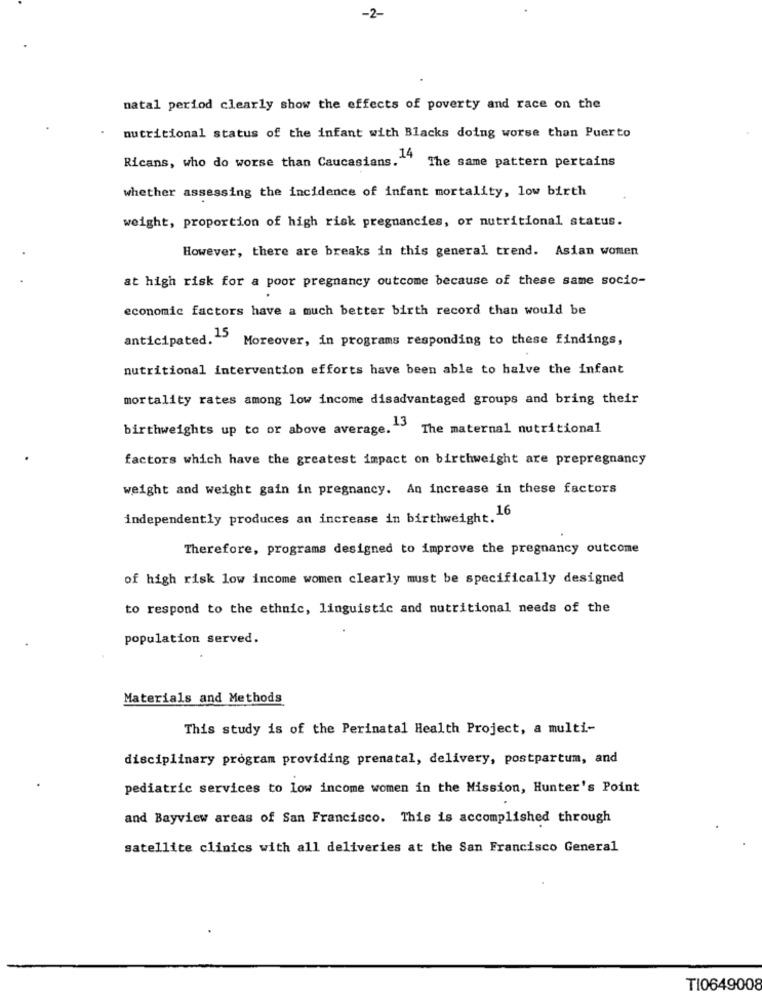
-2-
natal period clearly show the effects of poverty and race on the
nutritional status of the infant with Blacks doing worse than Puerto
Ricans, who do worse than Caucasians. 44
The same pattern pertains
whether assessing the incidence of infant mortality, low birth
weight, proportion of high risk pregnancies, or nutritional status.
However, there are breaks in this general trend. Asian women
at high risk for a poor pregnancy outcome because of these same socio-
economic factors have a much better birth record than would be
anticipated. 15
Moreover, in programs responding to these findings,
nutritional intervention efforts have been able to halve the infant
mortality rates among low income disadvantaged groups and bring their
birthweights up to or above average. 13
The maternal nutritional
factors which have the greatest impact on birthweight are prepregnancy
weight and weight gain in pregnancy. An increase in these factors
independently produces an increase in birthweight. 16
Therefore, programs designed to improve the pregnancy outcome
of high risk low income women clearly must be specifically designed
to respond to the ethnic, linguistic and nutritional needs of the
population served.
Materials and Methods
This study is of the Perinatal Health Project, a multi-
disciplinary program providing prenatal, delivery, postpartum, and
pediatric services to low income women in the Mission, Hunter's Point
and Bayview areas of San Francisco. This is accomplished through
satellite clinics with all deliveries at the San Francisco General
TI0649008